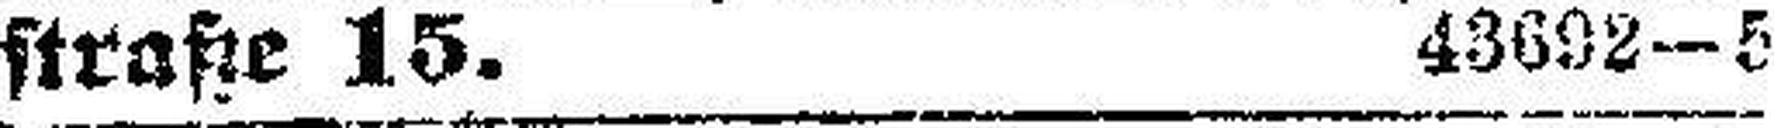
straße 15. 43692—5